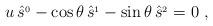
LaTeX: \begin{align*}u\,\hat s^{_0}-\cos\theta\,\hat s^{_1}-\sin\theta\,\hat s^{_2}= 0\ ,\end{align*}